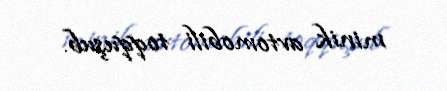
minik avtomobili toqquşub.